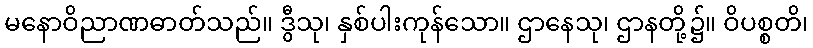
မနောဝိညာဏဓာတ်သည်။ ဒွီသု၊ နှစ်ပါးကုန်သော။ ဌာနေသု၊ ဌာနတို့၌။ ဝိပစ္စတိ၊